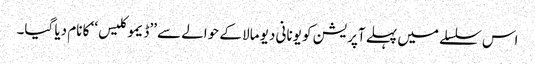
اس سلسلے میں پہلے آپریشن کو یونانی دیو مالا کے حوالے سے ’’ڈیموکلیس‘‘ کا نام دیا گیا۔